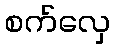
စက်လှေ